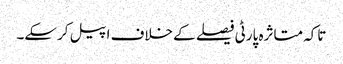
تاکہ متاثرہ پارٹی فیصلے کے خلاف اپیل کرسکے۔